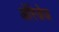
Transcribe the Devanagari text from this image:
ऑरेजेज